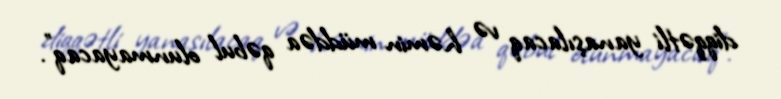
diqqətli yanaşılacaq və həmin müddəa qəbul olunmayacaq”.